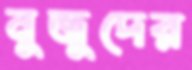
নুজুদের